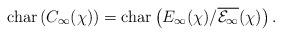
LaTeX: \begin{align*}{\rm char}\, (C_\infty(\chi)) = {\rm char}\left(E_\infty(\chi)/\overline{\mathcal{E}_\infty}(\chi)\right). \end{align*}